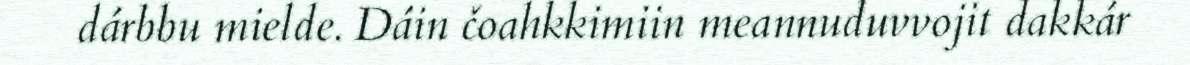
dárbbu mielde. Dáin čoahkkimiin meannuduvvojit dakkár